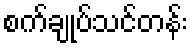
စက်ချုပ်သင်တန်း